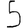
Digit: 5